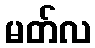
မတ်လ